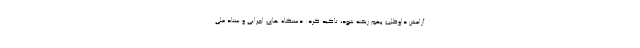
آرامش داوطلب بهم ریخته شود، تاکید کرد: دستگاه های اجرایی و ستاد ملی